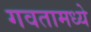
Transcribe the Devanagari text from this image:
गवतामध्ये